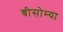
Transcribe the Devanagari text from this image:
श्रीसोम्या